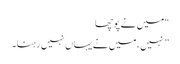
“میں نے پوچھا
” نہیں ،میں نے یہاں نہیں رہنا۔